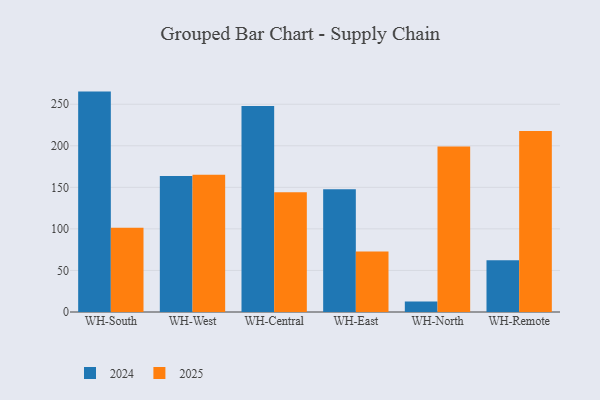
{"axis": {"x": "Warehouse", "y": "Satisfaction Score"}, "legend": ["2024", "2025"], "data": [{"x": "WH-South", "y": 265.2, "type": "2024"}, {"x": "WH-South", "y": 101.3, "type": "2025"}, {"x": "WH-West", "y": 163.5, "type": "2024"}, {"x": "WH-West", "y": 165.1, "type": "2025"}, {"x": "WH-Central", "y": 248.0, "type": "2024"}, {"x": "WH-Central", "y": 144.2, "type": "2025"}, {"x": "WH-East", "y": 147.6, "type": "2024"}, {"x": "WH-East", "y": 72.9, "type": "2025"}, {"x": "WH-North", "y": 12.5, "type": "2024"}, {"x": "WH-North", "y": 199.0, "type": "2025"}, {"x": "WH-Remote", "y": 62.2, "type": "2024"}, {"x": "WH-Remote", "y": 217.8, "type": "2025"}]}